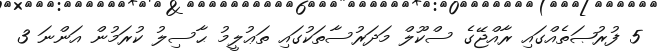
5 ފުރުޞަތެއްގައި ރާއްޖޭގެ ސްކޫލް މަދަރުސާތަކުގައި ތަޢުލީމު ޙާސިލު ކުރަމުން އަންނަ 3